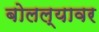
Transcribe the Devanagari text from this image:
बोलल्यावर